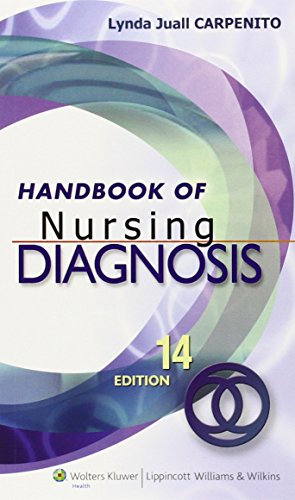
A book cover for Handbook of Nursing Diagnosis; Lynda Juall Carpenito RN  MSN  CRNP; Medical Books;